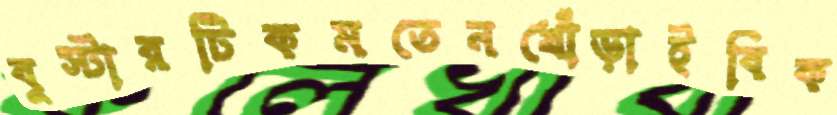
বুস্টারটিকমতেনখোঁড়াইবিক